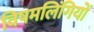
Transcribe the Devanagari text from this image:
विषमलिंगियों